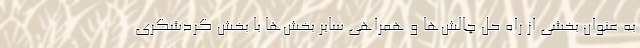
به عنوان بخشی از راه حل چالش‌ها و همراهی سایر بخش‌ها با بخش گردشگری